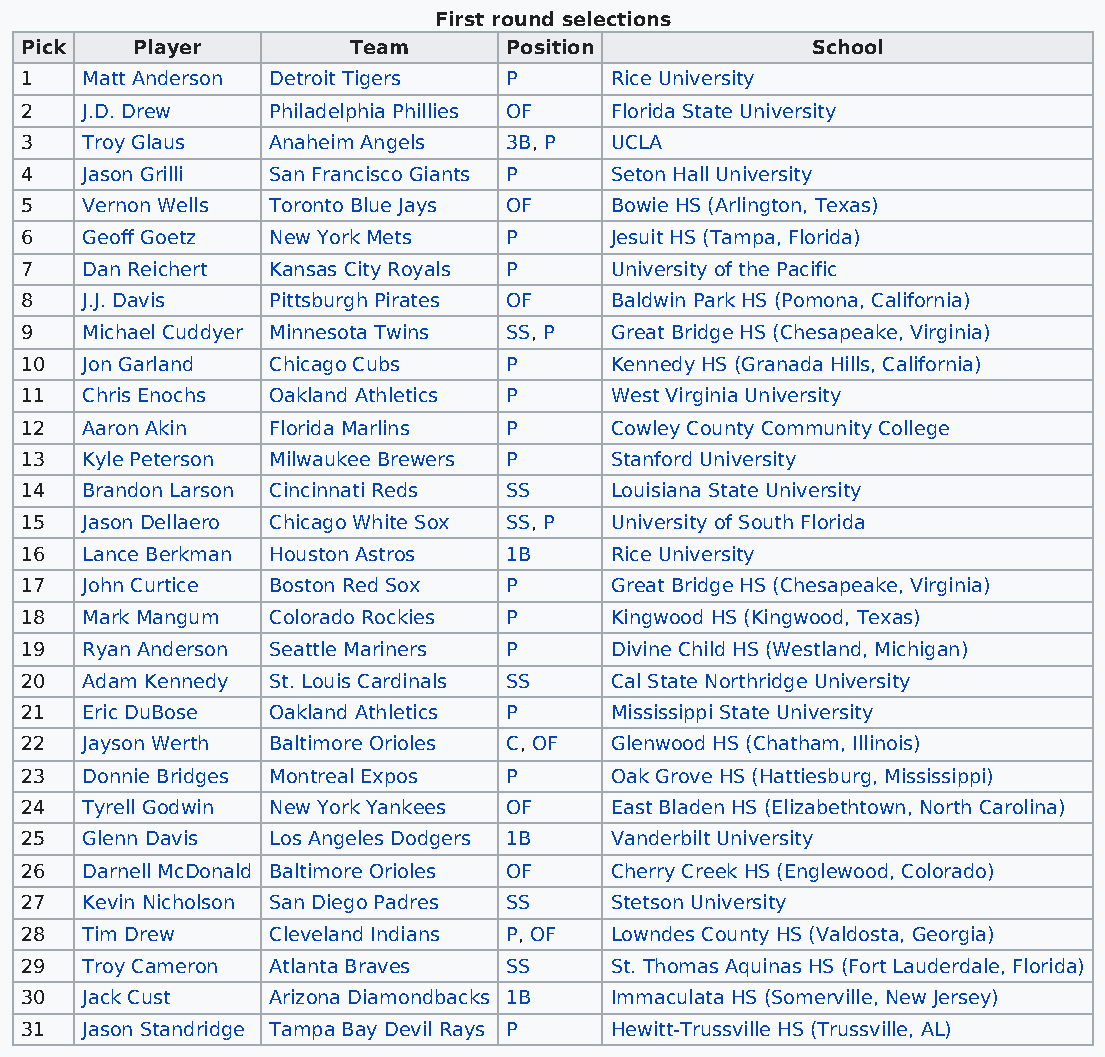
First round selections
 Pick    Player        Team      Position             School
 1   Matt Anderson Detroit Tigers P     Rice University
 2   J.D. Drew    Philadelphia Phillies OF Florida State University
 3   Troy Glaus   Anaheim Angels 3B, P  UCLA
 4   Jason Grilli San Francisco Giants P Seton Hall University
 5   Vernon Wells Toronto Blue Jays OF  Bowie HS (Arlington, Texas)
 6   Geoff Goetz  New York Mets  P      Jesuit HS (Tampa, Florida)
 7   Dan Reichert Kansas City Royals P  University of the Pacific
 8   J.J. Davis   Pittsburgh Pirates OF Baldwin Park HS (Pomona, California)
 9   Michael Cuddyer Minnesota Twins SS, P Great Bridge HS (Chesapeake, Virginia)
 10  Jon Garland  Chicago Cubs   P      Kennedy HS (Granada Hills, California)
 11  Chris Enochs Oakland Athletics P   West Virginia University
 12  Aaron Akin   Florida Marlins P     Cowley County Community College
 13  Kyle Peterson Milwaukee Brewers P  Stanford University
 14  Brandon Larson Cincinnati Reds SS  Louisiana State University
 15  Jason Dellaero Chicago White Sox SS, P University of South Florida
 16  Lance Berkman Houston Astros 1B    Rice University
 17  John Curtice Boston Red Sox P      Great Bridge HS (Chesapeake, Virginia)
 18  Mark Mangum  Colorado Rockies P    Kingwood HS (Kingwood, Texas)
 19  Ryan Anderson Seattle Mariners P   Divine Child HS (Westland, Michigan)
 20  Adam Kennedy St. Louis Cardinals SS Cal State Northridge University
 21  Eric DuBose  Oakland Athletics P   Mississippi State University
 22  Jayson Werth Baltimore Orioles C, OF Glenwood HS (Chatham, Illinois)
 23  Donnie Bridges Montreal Expos P    Oak Grove HS (Hattiesburg, Mississippi)
 24  Tyrell Godwin New York Yankees OF  East Bladen HS (Elizabethtown, North Carolina)
 25  Glenn Davis  Los Angeles Dodgers 1B Vanderbilt University
 26  Darnell McDonald Baltimore Orioles OF Cherry Creek HS (Englewood, Colorado)
 27  Kevin Nicholson San Diego Padres SS Stetson University
 28  Tim Drew     Cleveland Indians P, OF Lowndes County HS (Valdosta, Georgia)
 29  Troy Cameron Atlanta Braves SS     St. Thomas Aquinas HS (Fort Lauderdale, Florida)
 30  Jack Cust    Arizona Diamondbacks 1B Immaculata HS (Somerville, New Jersey)
 31  Jason Standridge Tampa Bay Devil Rays P Hewitt-Trussville HS (Trussville, AL)